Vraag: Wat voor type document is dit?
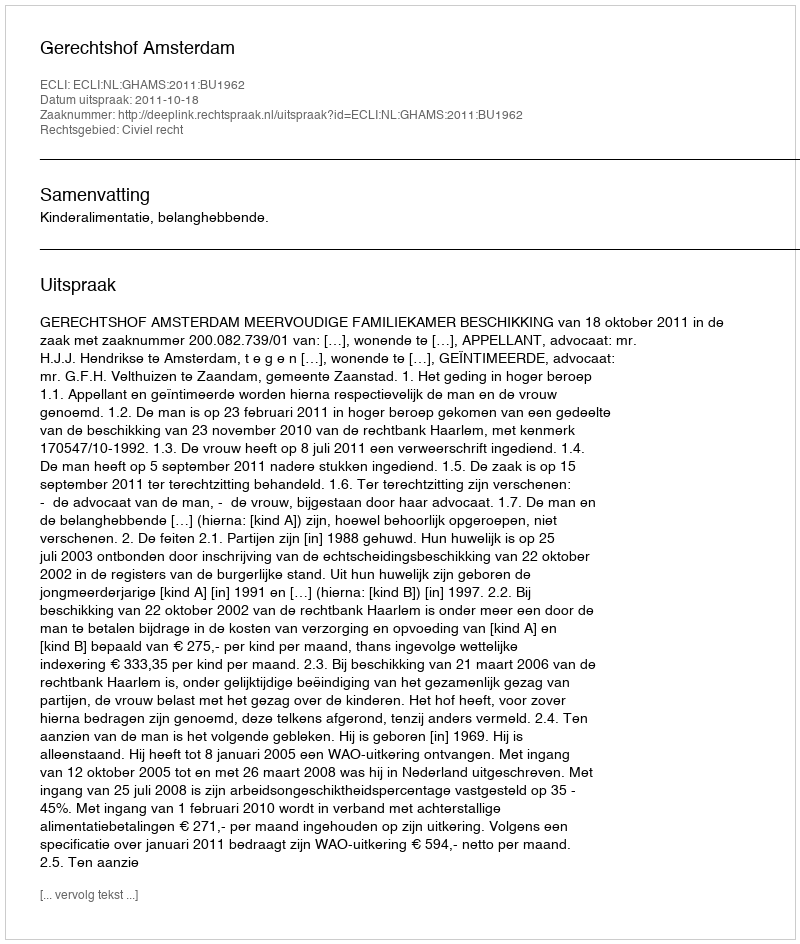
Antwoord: Uitspraak